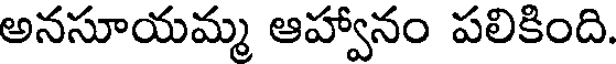
అనసూయమ్మ ఆహ్వానం పలికింది.